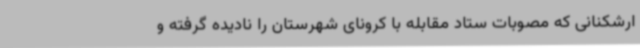
ارشکنانی که مصوبات ستاد مقابله با کرونای شهرستان را نادیده گرفته و